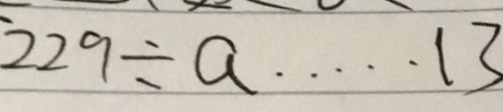
2 2 9 \div a \cdots 1 3